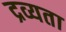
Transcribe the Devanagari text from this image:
द्रव्यता